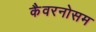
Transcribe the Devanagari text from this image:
कैवरनोसम